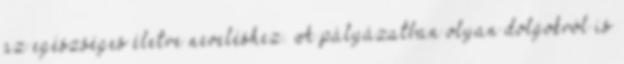
az egészséges életre neveléshez. A pályázatban olyan dolgokról is